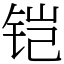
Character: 铠